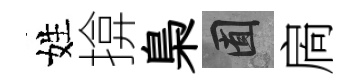
姓揜梟囿扄